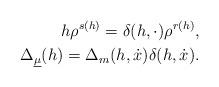
LaTeX: \begin{align*}h\rho^{s(h)}=\delta(h,\cdot)\rho^{r(h)},\\\Delta_{\underline\mu}(h)=\Delta_m(h, \dot x)\delta(h,\dot x).\end{align*}